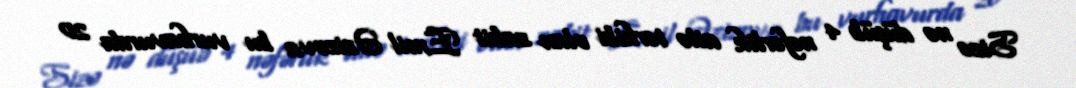
Sizə nə düşüb 4 nəfərlik ailə tərkibi olan zabit Emil Əzizova bu vurhavurda 20